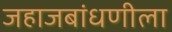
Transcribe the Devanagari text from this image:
जहाजबांधणीला